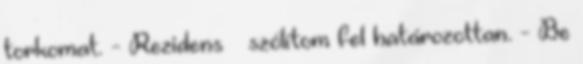
torkomat. - Rezidens – szólítom fel határozottan. - Be